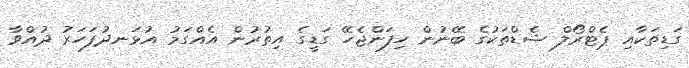
ގަޑިތަކާއި ޕެޓްރޯލް ޝެޑްތަކުގެ ބޭނުން ހިފަންޖެހޭ ގަޑީގެ އިތުރުން އެއްގަމު އުޅަނދުފަހަރު ދުއްވާ